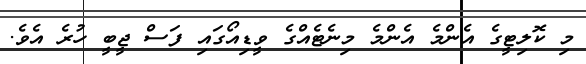
މި ކޮލިޓީގެ އެންމެ އެންމެ މިނެޓެއްގެ ވީޑިއޯގައި ފަސް ޖީބީ ހުރެ އެވެ.